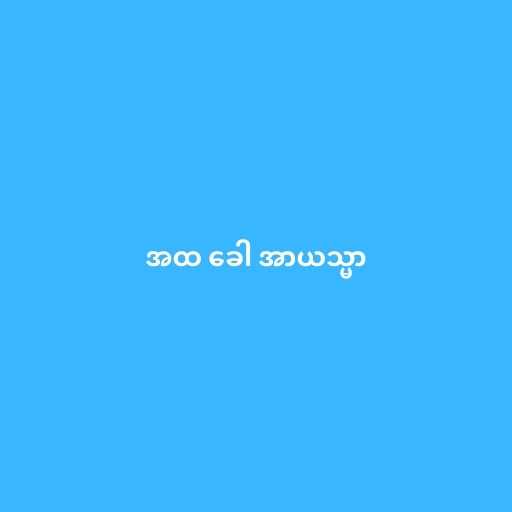
အထ ခေါ အာယသ္မာ